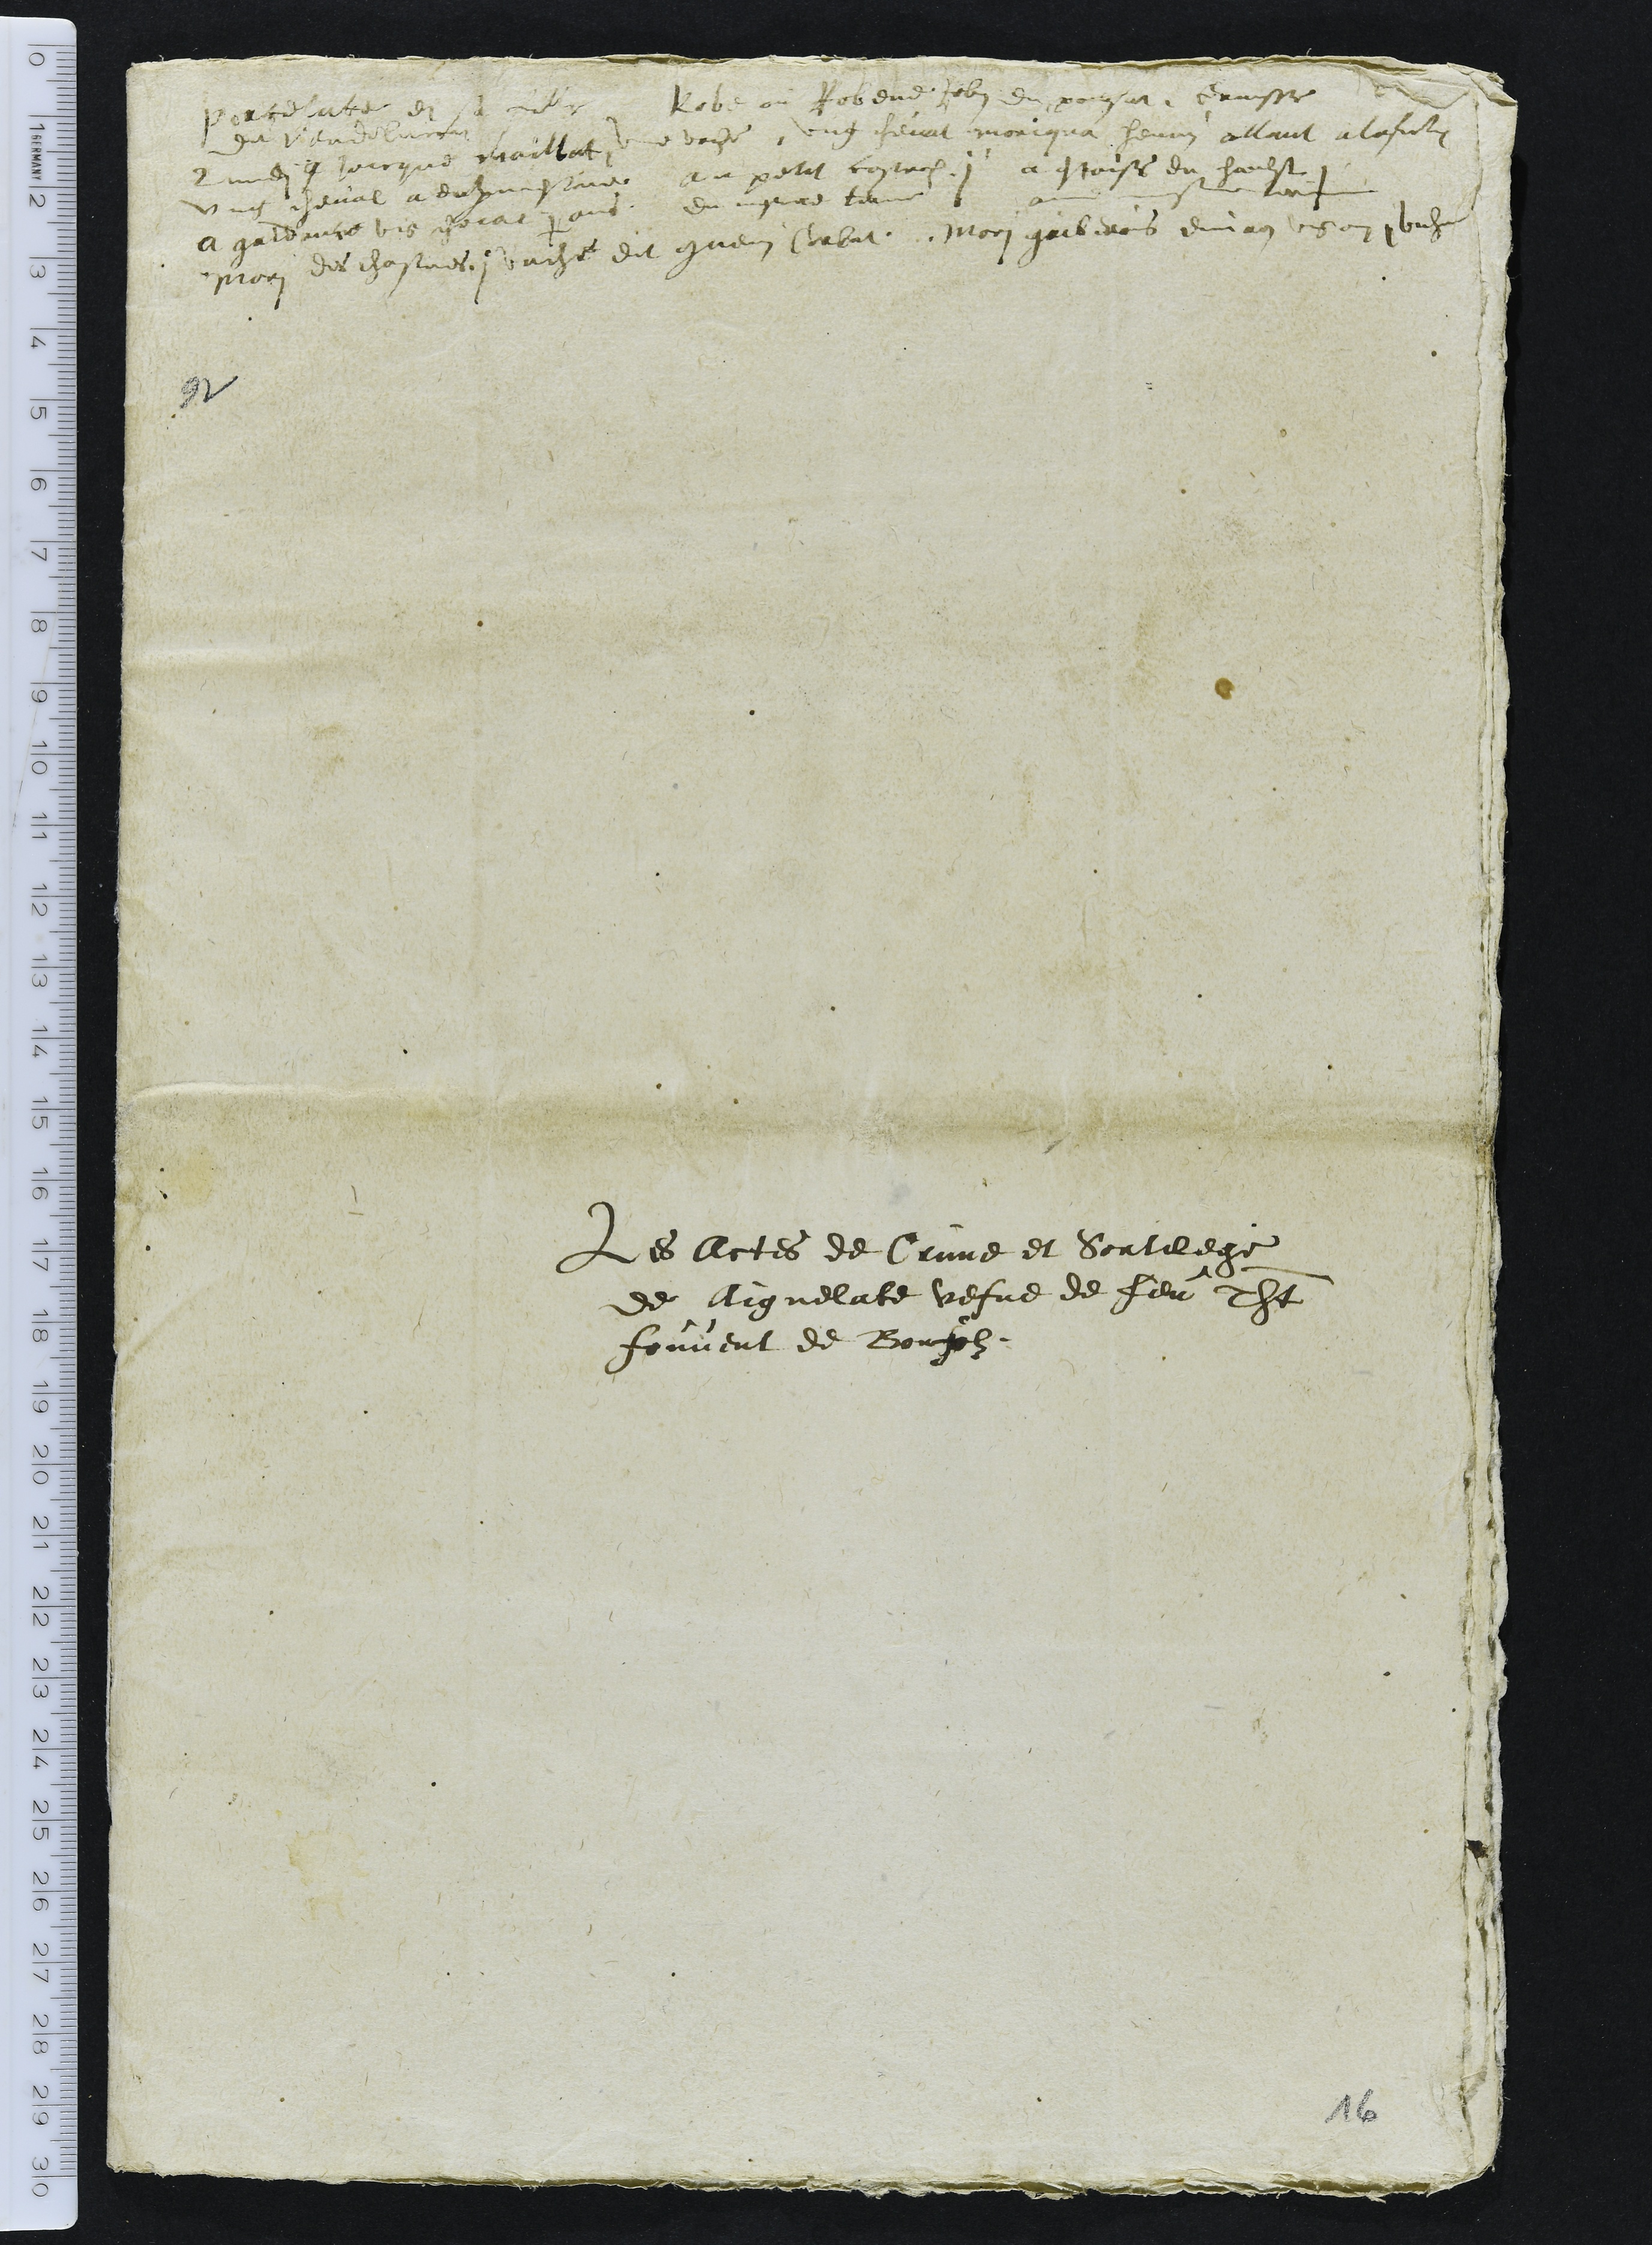
Porcelatte et sa fille
de Vendelincourt
Robe ou Robene ou Robin du poulsat, graisse
Lundi a jaiques maillat, une vache, ung cheval moniqua hennin allant a la fontaine
ung cheval a eulx mesmes Au petit castrols 1 a estaise du haulst 1
a gaidance ung cheval demi ans, du mesme terme audits mesmes trois
Mori des chasnes, 1 vaiche dit guenin Corbat, Mori gaiberois environ ung an 1 vache

Les Actes de Crime et Sortilege
de Aignelate vefve de feu Thiebaut
fouvent de Bonfolz